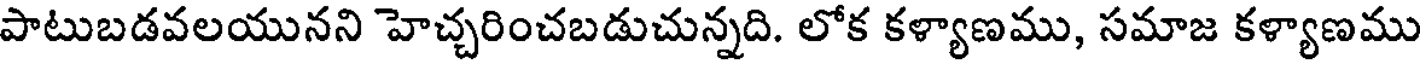
పాటుబడవలయునని హెచ్చరించబడుచున్నది. లోక కళ్యాణము, సమాజ కళ్యాణము